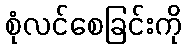
စုံလင်စေခြင်းကို